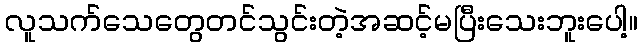
လူသက်သေတွေတင်သွင်းတဲ့အဆင့်မပြီးသေးဘူးပေါ့။